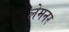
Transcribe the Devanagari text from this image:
लेमनर